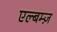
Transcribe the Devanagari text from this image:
एल्बम्ज़